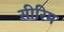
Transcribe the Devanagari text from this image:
सीरिम